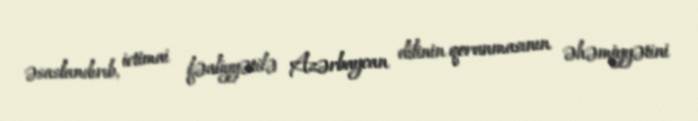
əsaslandırıb, ictimai fəaliyyətilə Azərbaycan dilinin qorunmasının əhəmiyyətini